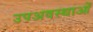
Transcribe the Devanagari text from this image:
उपअवस्थाओं